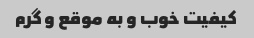
کیفیت خوب و به موقع و گرم